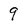
Character: 9